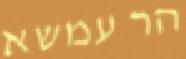
הר עמשא